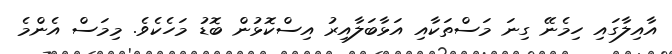
އާއިލާގައި ހިމެނޭ ގިނަ މަސްތަކާއި އަޅާބަލާއިރު އިސްކޮޅުން ބޮޑު މަހެކެވެ. މިމަސް އެންމެ